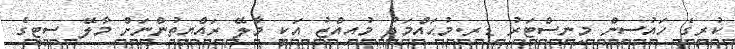
ކުރީގެ ހައުސިން މިނިސްޓަރު ޑރ.މުޙައްމަދު މުއިއްޒު އަކީ މާލޭ ރައްޔިތުންނަށް މާލޭ ސިޓީގެ